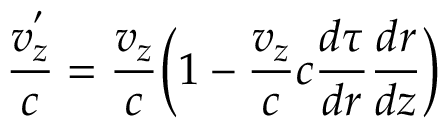
\frac { v _ { z } ^ { ' } } { c } = \frac { v _ { z } } { c } \bigg ( 1 - \frac { v _ { z } } { c } c \frac { d \tau } { d r } \frac { d r } { d z } \bigg )